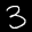
Label: 3